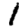
Digit: 1